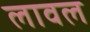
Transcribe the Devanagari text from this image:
लावल